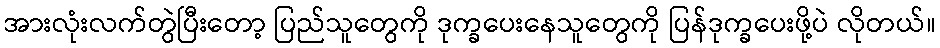
အားလုံးလက်တွဲပြီးတော့ ပြည်သူတွေကို ဒုက္ခပေးနေသူတွေကို ပြန်ဒုက္ခပေးဖို့ပဲ လိုတယ်။